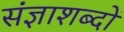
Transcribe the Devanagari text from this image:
संज्ञाशब्दों